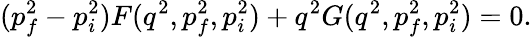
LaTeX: (p_{f}^{2}-p_{i}^{2})F(q^{2},p_{f}^{2},p_{i}^{2})+q^{2}G(q^{2},p_{f}^{2},p_{i}^{2})=0.